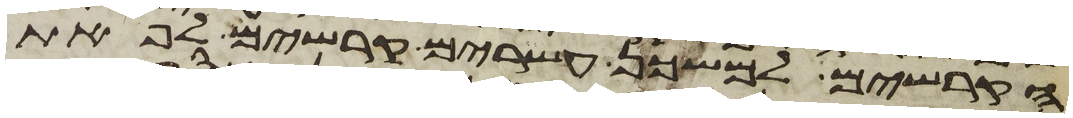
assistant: הקרשים למשכן עשרים קרשים לפאת